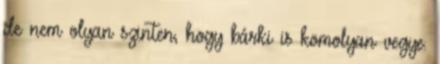
de nem olyan szinten, hogy bárki is komolyan vegye.